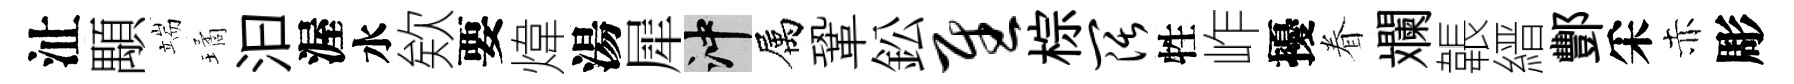
沚顒端璚汩渥水欸要煒湯犀冲属鞏鈆慰棕阔牲岞擾眷斕韔縉酆采赤彫